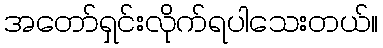
အတော်ရှင်းလိုက်ရပါသေးတယ်။